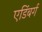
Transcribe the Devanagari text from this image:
एडिंबर्ग